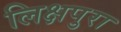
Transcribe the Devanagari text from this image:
लिक्षपुरा